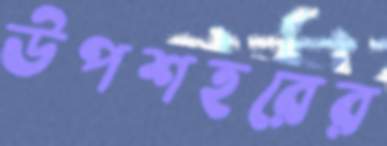
উপশহরের